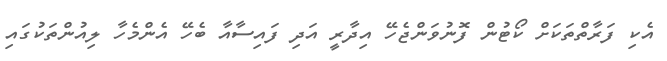
އެކި ފަރާތްތަކަށް ކޯޓުން ފޮނުވަންޖެހޭ އިދާރީ އަދި ފައިސާއާ ބެހޭ އެންމެހާ ލިއުންތަކުގައި